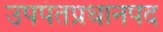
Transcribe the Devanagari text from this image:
उपपंतप्रधानपद